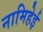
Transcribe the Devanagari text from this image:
नामिहेई